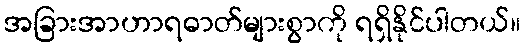
အခြားအာဟာရဓာတ်များစွာကို ရရှိနိုင်ပါတယ်။